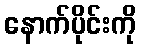
နောက်ပိုင်းကို